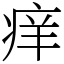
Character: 痒